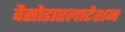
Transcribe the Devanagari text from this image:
वैसोडाएलाटेशन